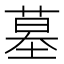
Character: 墓